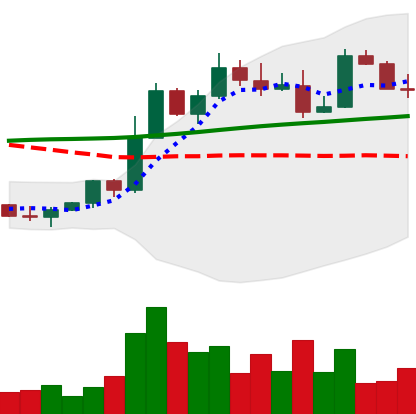
Ticker: ETH-USD
Chart end date: 2022-11-07
Forward return: -19.975%
Label: down_7plus